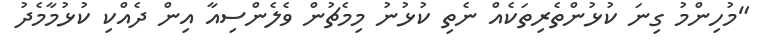
"މުހިންމު ގިނަ ކުޅުންތެރިތަކެއް ނެތި ކުޅުނު މިމެޗުން ވެލެންސިއާ އިން ދެއްކި ކުޅުމާމެދު